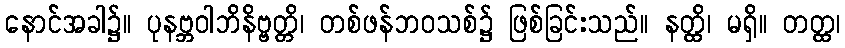
နောင်အခါ၌။ ပုနဗ္ဘဝါဘိနိဗ္ဗတ္တိ၊ တစ်ဖန်ဘဝသစ်၌ ဖြစ်ခြင်းသည်။ နတ္ထိ၊ မရှိ။ တတ္ထ၊